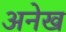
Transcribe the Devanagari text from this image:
अनेख